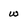
Character: w